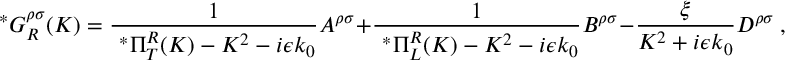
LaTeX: \ ^ { * } G _ { R } ^ { \rho \sigma } ( K ) = \frac { 1 } { \ ^ { * } \Pi _ { T } ^ { R } ( K ) - K ^ { 2 } - i \epsilon k _ { 0 } } A ^ { \rho \sigma } + \frac { 1 } { \ ^ { * } \Pi _ { L } ^ { R } ( K ) - K ^ { 2 } - i \epsilon k _ { 0 } } B ^ { \rho \sigma } - \frac { \xi } { K ^ { 2 } + i \epsilon k _ { 0 } } D ^ { \rho \sigma } \ ,